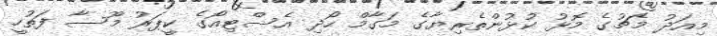
މިއަދު މެޗުގެ މޮޅު ކުޅުންތެރިޔާގެ މަގާމް ހޯދި އެސްޓިއޯގެ ކީޕަރު މޫސާ ފަތުހީ